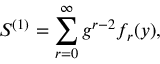
S ^ { ( 1 ) } = \sum _ { r = 0 } ^ { \infty } g ^ { r - 2 } f _ { r } ( y ) ,